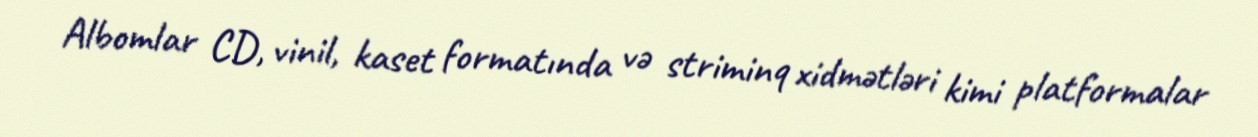
Albomlar CD, vinil, kaset formatında və striminq xidmətləri kimi platformalar